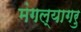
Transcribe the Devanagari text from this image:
मंगल्यागरु